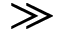
\gg